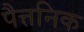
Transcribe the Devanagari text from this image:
पैत्तनिक